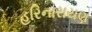
હરિનારાયણ